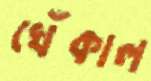
খেঁকাল